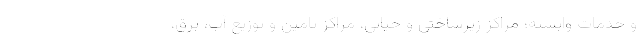
و خدمات وابسته؛ مراکز زیرساختی و حیاتی، مراکز تامین و توزیع آب، برق،